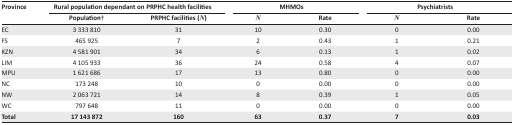
| <ROWSPAN=3> Province | <COLSPAN=2> Rural population dependant on PRPHC health facilities | <COLSPAN=2> MHMOs | <COLSPAN=2> Psychiatrists |
 | Population† | PRPHC facilities (N) | N | Rate | N | Rate |
 | --- | --- | --- | --- | --- | --- | --- |
 | EC | 3 333 810 | 31 | 10 | 0.30 | 0 | 0.00 |
 | FS | 465 925 | 7 | 2 | 0.43 | 1 | 0.21 |
 | KZN | 4 581 901 | 34 | 6 | 0.13 | 1 | 0.02 |
 | LIM | 4 105 933 | 36 | 24 | 0.58 | 4 | 0.07 |
 | MPU | 1 621 686 | 17 | 13 | 0.80 | 0 | 0.00 |
 | NC | 173 248 | 10 | 0 | 0.00 | 0 | 0.00 |
 | NW | 2 063 721 | 14 | 8 | 0.39 | 1 | 0.05 |
 | WC | 797 648 | 11 | 0 | 0.00 | 0 | 0.00 |
 | Total | 17 143 872 | 160 | 63 | 0.37 | 7 | 0.03 |